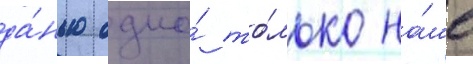
да́нью одно́ то́лько на́ше